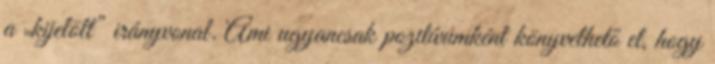
a „kijelölt” irányvonal. Ami ugyancsak pozitívumként könyvelhető el, hogy